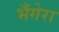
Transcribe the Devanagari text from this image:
भँगेरा